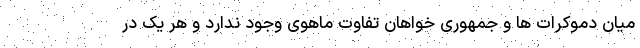
میان دموکرات ها و جمهوری خواهان تفاوت ماهوی وجود ندارد و هر یک در